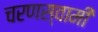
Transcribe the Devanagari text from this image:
चरणस्वामी